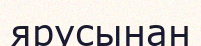
ярусынан